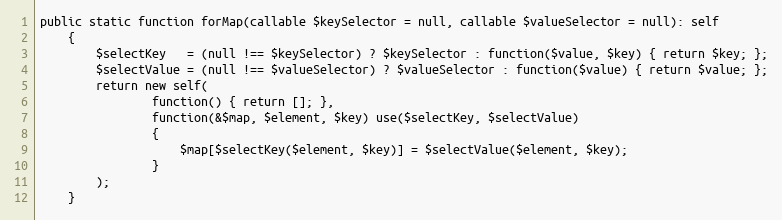
Language: PHP
public static function forMap(callable $keySelector = null, callable $valueSelector = null): self
    {
        $selectKey   = (null !== $keySelector) ? $keySelector : function($value, $key) { return $key; };
        $selectValue = (null !== $valueSelector) ? $valueSelector : function($value) { return $value; };
        return new self(
                function() { return []; },
                function(&$map, $element, $key) use($selectKey, $selectValue)
                {
                    $map[$selectKey($element, $key)] = $selectValue($element, $key);
                }
        );
    }